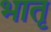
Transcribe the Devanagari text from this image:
भातृ